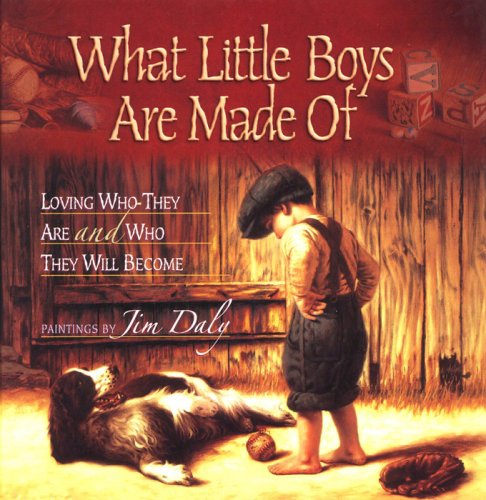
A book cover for What Little Boys Are Made Of: Loving Who They Are and Who They Will Become; Christian Books & Bibles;